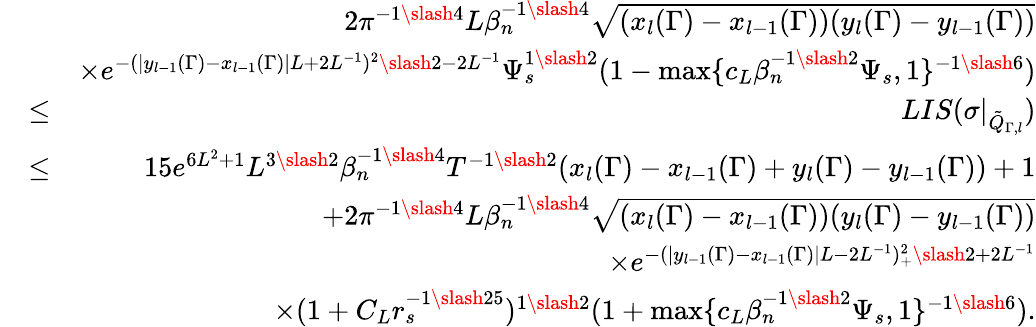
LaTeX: \begin{array}{rlr}&{}&{2\pi^{-1\slash 4}L\beta_{n}^{-1\slash 4}\sqrt{(x_{l}(\Gamma)-x_{l-1}(\Gamma))(y_{l}(\Gamma)-y_{l-1}(\Gamma))}}\\ &{}&{\times e^{-(|y_{l-1}(\Gamma)-x_{l-1}(\Gamma)|L+2L^{-1})^{2}\slash 2-2L^{-1}}\Psi_{s}^{1\slash 2}(1-\operatorname*{max}\{ c_{L}\beta_{n}^{-1\slash 2}\Psi_{s},1\} ^{-1\slash 6})}\\ &{\leq}&{LIS(\sigma|_{\tilde{Q}_{\Gamma,l}})}\\ &{\leq}&{15e^{6L^{2}+1}L^{3\slash 2}\beta_{n}^{-1\slash 4}T^{-1\slash 2}(x_{l}(\Gamma)-x_{l-1}(\Gamma)+y_{l}(\Gamma)-y_{l-1}(\Gamma))+1}\\ &{}&{+2\pi^{-1\slash 4}L\beta_{n}^{-1\slash 4}\sqrt{(x_{l}(\Gamma)-x_{l-1}(\Gamma))(y_{l}(\Gamma)-y_{l-1}(\Gamma))}}\\ &{}&{\quad\times e^{-(|y_{l-1}(\Gamma)-x_{l-1}(\Gamma)|L-2L^{-1})_{+}^{2}\slash 2+2L^{-1}}}\\ &{}&{\quad\times(1+C_{L}r_{s}^{-1\slash 25})^{1\slash 2}(1+\operatorname*{max}\{ c_{L}\beta_{n}^{-1\slash 2}\Psi_{s},1\} ^{-1\slash 6}).}\end{array}